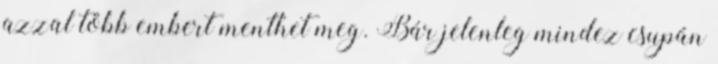
azzal több embert menthet meg. Bár jelenleg mindez csupán